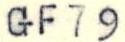
GF79